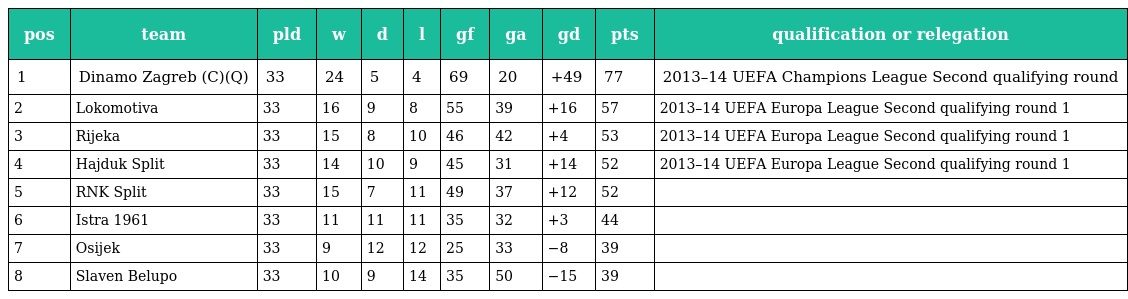
| pos | team | pld | w | d | l | gf | ga | gd | pts | qualification or relegation |
 | --- | --- | --- | --- | --- | --- | --- | --- | --- | --- | --- |
 | 1 | Dinamo Zagreb (C)(Q) | 33 | 24 | 5 | 4 | 69 | 20 | +49 | 77 | 2013–14 UEFA Champions League Second qualifying round |
 | 2 | Lokomotiva | 33 | 16 | 9 | 8 | 55 | 39 | +16 | 57 | 2013–14 UEFA Europa League Second qualifying round 1 |
 | 3 | Rijeka | 33 | 15 | 8 | 10 | 46 | 42 | +4 | 53 | 2013–14 UEFA Europa League Second qualifying round 1 |
 | 4 | Hajduk Split | 33 | 14 | 10 | 9 | 45 | 31 | +14 | 52 | 2013–14 UEFA Europa League Second qualifying round 1 |
 | 5 | RNK Split | 33 | 15 | 7 | 11 | 49 | 37 | +12 | 52 |  |
 | 6 | Istra 1961 | 33 | 11 | 11 | 11 | 35 | 32 | +3 | 44 |  |
 | 7 | Osijek | 33 | 9 | 12 | 12 | 25 | 33 | −8 | 39 |  |
 | 8 | Slaven Belupo | 33 | 10 | 9 | 14 | 35 | 50 | −15 | 39 |  |